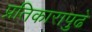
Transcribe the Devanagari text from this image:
प्रतिकारापुढे